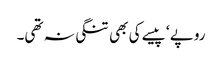
روپے ‘ پیسے کی بھی تنگی نہ تھی۔